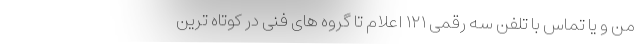
من و یا تماس با تلفن سه رقمی ۱۲۱ اعلام تا گروه های فنی در کوتاه ترین